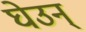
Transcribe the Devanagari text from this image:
घेउन्